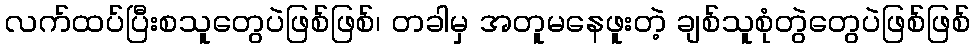
လက်ထပ်ပြီးစသူတွေပဲဖြစ်ဖြစ်၊ တခါမှ အတူမနေဖူးတဲ့ ချစ်သူစုံတွဲတွေပဲဖြစ်ဖြစ်